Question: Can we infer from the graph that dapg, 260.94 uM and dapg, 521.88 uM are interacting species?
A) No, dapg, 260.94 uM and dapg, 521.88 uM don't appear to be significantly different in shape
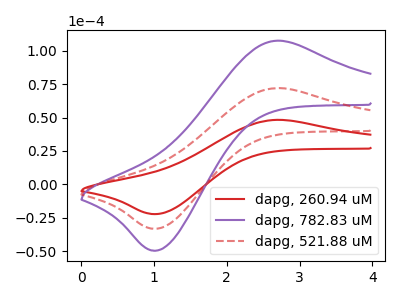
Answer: <think>The red curve "dapg, 260.94 uM" has an anodic peak at (2.70V, 48.30uA) and a cathodic peak at (1.05V, -22.30uA). The purple curve "dapg, 782.83 uM" has an anodic peak at (2.70V, 144.20uA) and a cathodic peak at (1.05V, -66.55uA). The red dashed curve "dapg, 521.88 uM" has an anodic peak at (2.70V, 72.10uA) and a cathodic peak at (1.05V, -33.25uA).
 All the peaks in "dapg, 260.94 uM" have a peak in "dapg, 521.88 uM" at the same potential. Every peak in "dapg, 260.94 uM" is lower than every peak in "dapg, 521.88 uM".</think>
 <answer>A) No, "dapg, 260.94 uM" and "dapg, 521.88 uM" don't appear to be significantly different in shape</answer>
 <eval>A</eval>